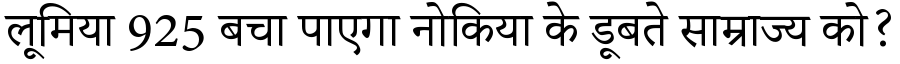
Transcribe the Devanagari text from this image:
लूमिया 925 बचा पाएगा नोकिया के डूबते साम्राज्य को?